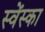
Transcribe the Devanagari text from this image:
स्वेंस्का